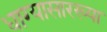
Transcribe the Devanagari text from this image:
धाग्यासारख्या